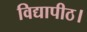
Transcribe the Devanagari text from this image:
विद्यापीठ।